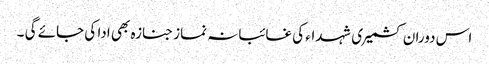
اس دوران کشمیری شہداء کی غائبانہ نماز جنازہ بھی ادا کی جائے گی ۔